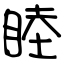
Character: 睦